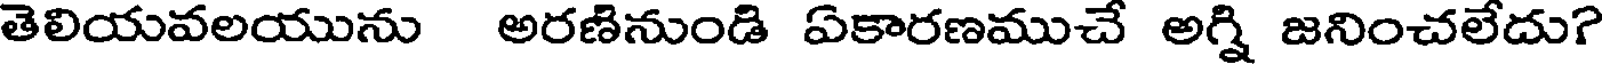
తెలియవలయును అరణినుండి ఏకారణముచే అగ్ని జనించలేదు?